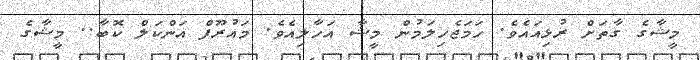
މީޝާގެ ގާތަށް ރުޅިއައެވެ. ހަމަޖެހިލަމުން މީޝާ އަހާލިއެވެ. މައުރޫފް އަންކަލް ކޮބާ.. މީޝާގެ